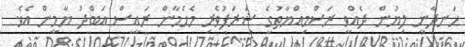
ހަނދާނީ ލިޔުން ދެއްވީ ރަސްމިއްޔާތުގެ ޝަރަފުވެރި މެހެމާން ރައީސް އަބްދު ޔާމީން އެވެ.